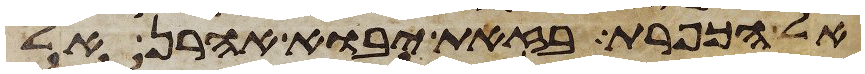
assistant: אל הכפרת בזאת יבוא אהרן אל